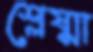
শ্লেষ্মা